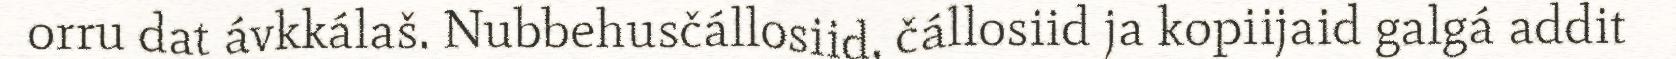
orru dat ávkkálaš. Nubbehusčállosiid, čállosiid ja kopiijaid galgá addit